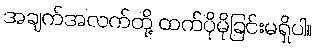
အချက်အလက်တို့ ထက်ပိုမိုခြင်းမရှိပါ။